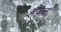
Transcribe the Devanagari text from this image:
हज़्ब